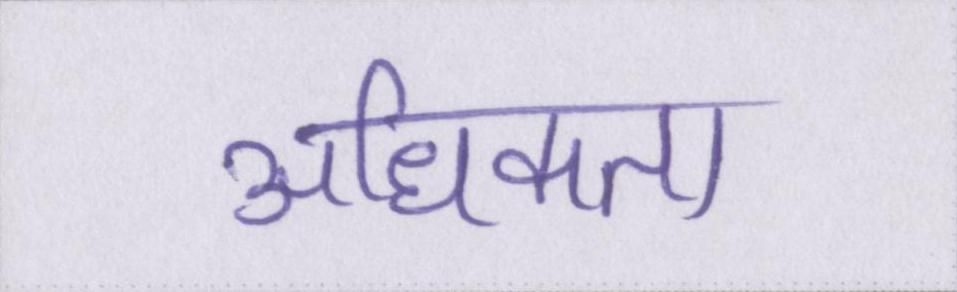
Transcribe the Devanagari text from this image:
अधिकता